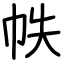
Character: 帙